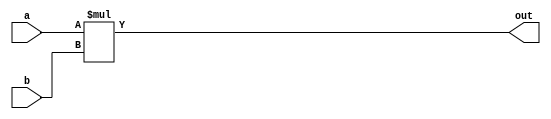
module multiply_3 #(
    parameter WIDTH = 1
) (
    input [WIDTH-1:0] a,
    input [WIDTH-1:0] b,
    output [2*WIDTH-1:0] out
);
    assign out = a * b;
endmodule